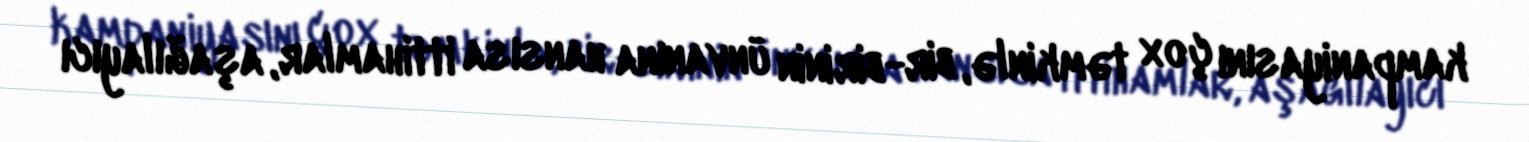
kampaniyasını çox təmkinlə, bir-birinin ünvanına hansısa ittihamlar, aşağılayıcı